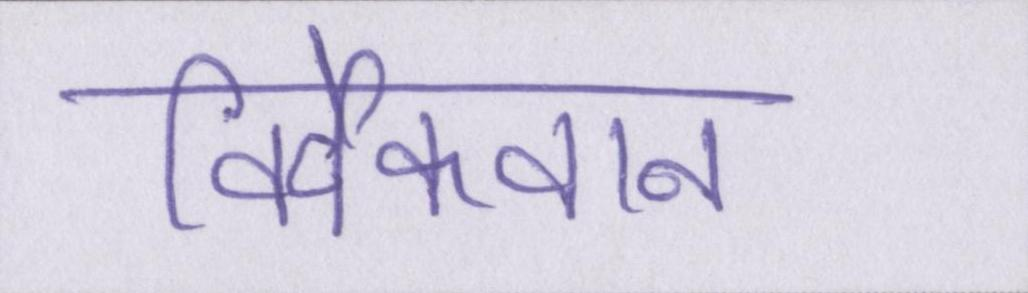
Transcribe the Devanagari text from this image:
विवेकवान